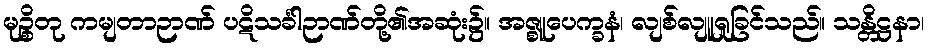
မုဉ္စိတု ကမျတာဉာဏ် ပဋိသင်္ခါဉာဏ်တို့၏အဆုံး၌။ အဇ္စူပေက္ခနံ၊ လျစ်လျူရှုခြင်သည်။ သန္တိဋ္ဌနာ၊